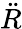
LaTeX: \ddot{R}